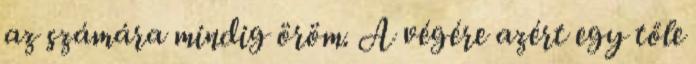
az számára mindig öröm. A végére azért egy tőle